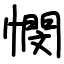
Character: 憫